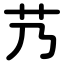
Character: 艿